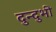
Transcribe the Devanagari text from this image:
दुन्दुभी